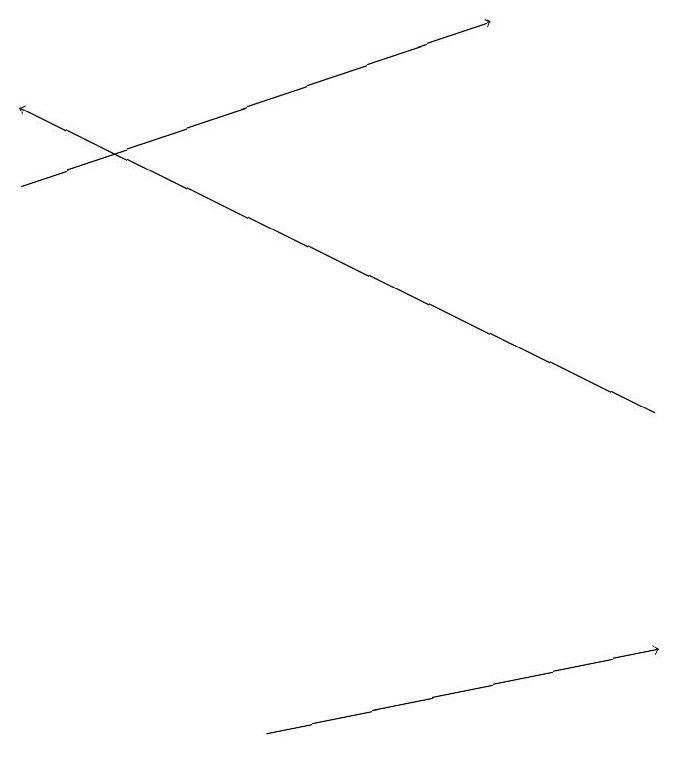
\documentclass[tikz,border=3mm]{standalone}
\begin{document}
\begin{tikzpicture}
\draw[->] (3,10) -- (8,11);
\draw[->] (0,17) -- (6,19);
\draw[->] (8,14) -- (0,18);
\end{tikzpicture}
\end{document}